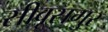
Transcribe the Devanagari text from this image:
सीवूसगुर